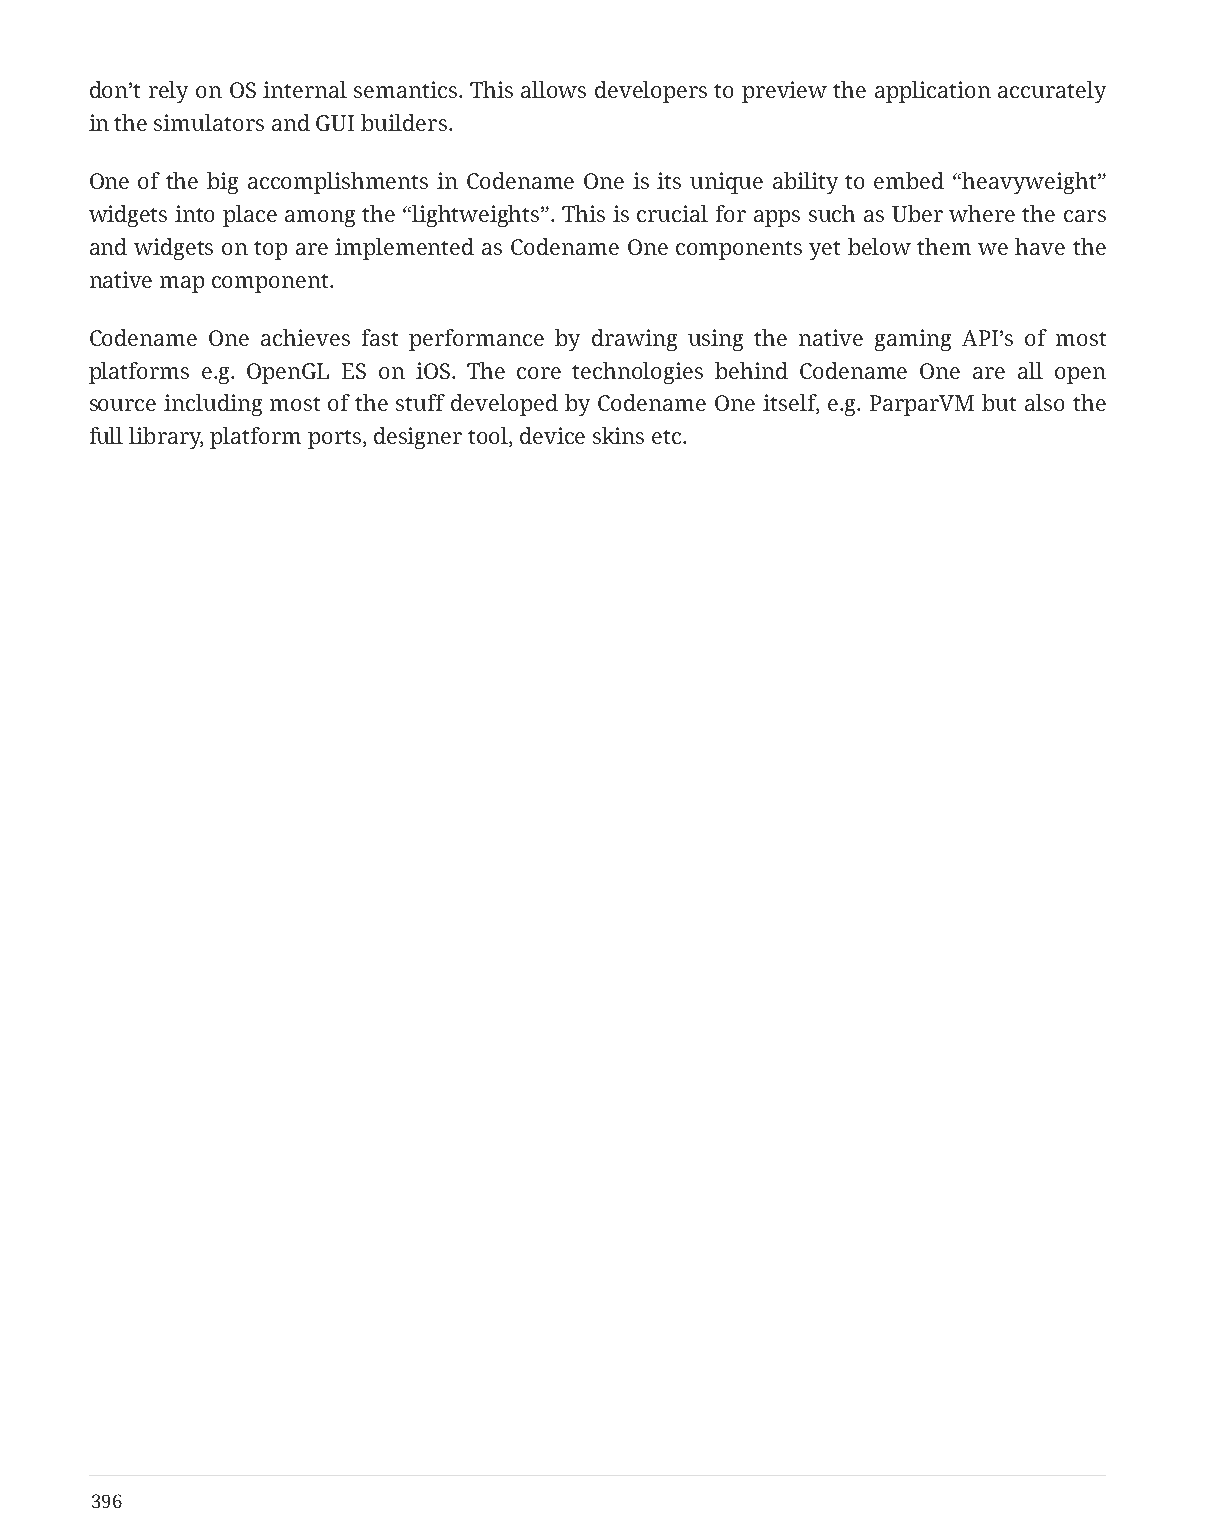
don’t rely on OS internal semantics. This allows developers to preview the application accurately
 in the simulators and GUI builders.
 One of the big accomplishments in Codename One is its unique ability to embed “heavyweight”
 widgets into place among the “lightweights”. This is crucial for apps such as Uber where the cars
 and widgets on top are implemented as Codename One components yet below them we have the
 native map component.
 Codename One achieves fast performance by drawing using the native gaming API’s of most
 platforms e.g. OpenGL ES on iOS. The core technologies behind Codename One are all open
 source including most of the stuff developed by Codename One itself, e.g. ParparVM but also the
 full library, platform ports, designer tool, device skins etc.
 396